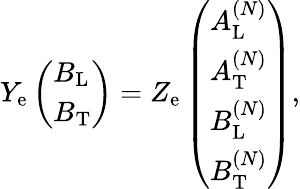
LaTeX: \begin{array}{r}{Y_{\mathrm{e}}\left(\begin{array}{l}{B_{\mathrm{L}}}\\ {B_{\mathrm{T}}}\end{array}\right)=Z_{\mathrm{e}}\left(\begin{array}{l}{A_{\mathrm{L}}^{(N)}}\\ {A_{\mathrm{T}}^{(N)}}\\ {B_{\mathrm{L}}^{(N)}}\\ {B_{\mathrm{T}}^{(N)}}\end{array}\right),}\end{array}